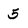
Character: 5